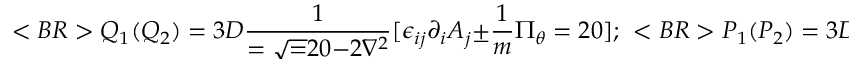
< B R > Q _ { 1 } ( Q _ { 2 } ) = 3 D { \frac { 1 } { = { { \sqrt = 2 0 { - 2 \nabla ^ { 2 } } } } } } [ \epsilon _ { i j } \partial _ { i } A _ { j } \pm { \frac { 1 } { m } } \Pi _ { \theta } = 2 0 ] ; ~ ~ < B R > P _ { 1 } ( P _ { 2 } ) = 3 D [ { \frac { 1 } { { \sqrt { - 2 \nabla ^ { 2 } } } } } \epsilon = _ { i j } \partial _ { i } \Pi = 2 0 _ { j } \mp < B R > { \frac { m } { 2 } } { \sqrt { - 2 \nabla ^ { 2 } } } \theta = 2 0 ] , < B R > < B R >